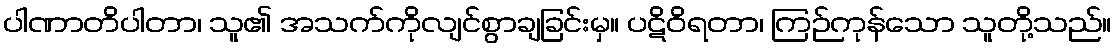
ပါဏာတိပါတာ၊ သူ၏ အသက်ကိုလျင်စွာချခြင်းမှ။ ပဋိဝိရတာ၊ ကြဉ်ကုန်သော သူတို့သည်။